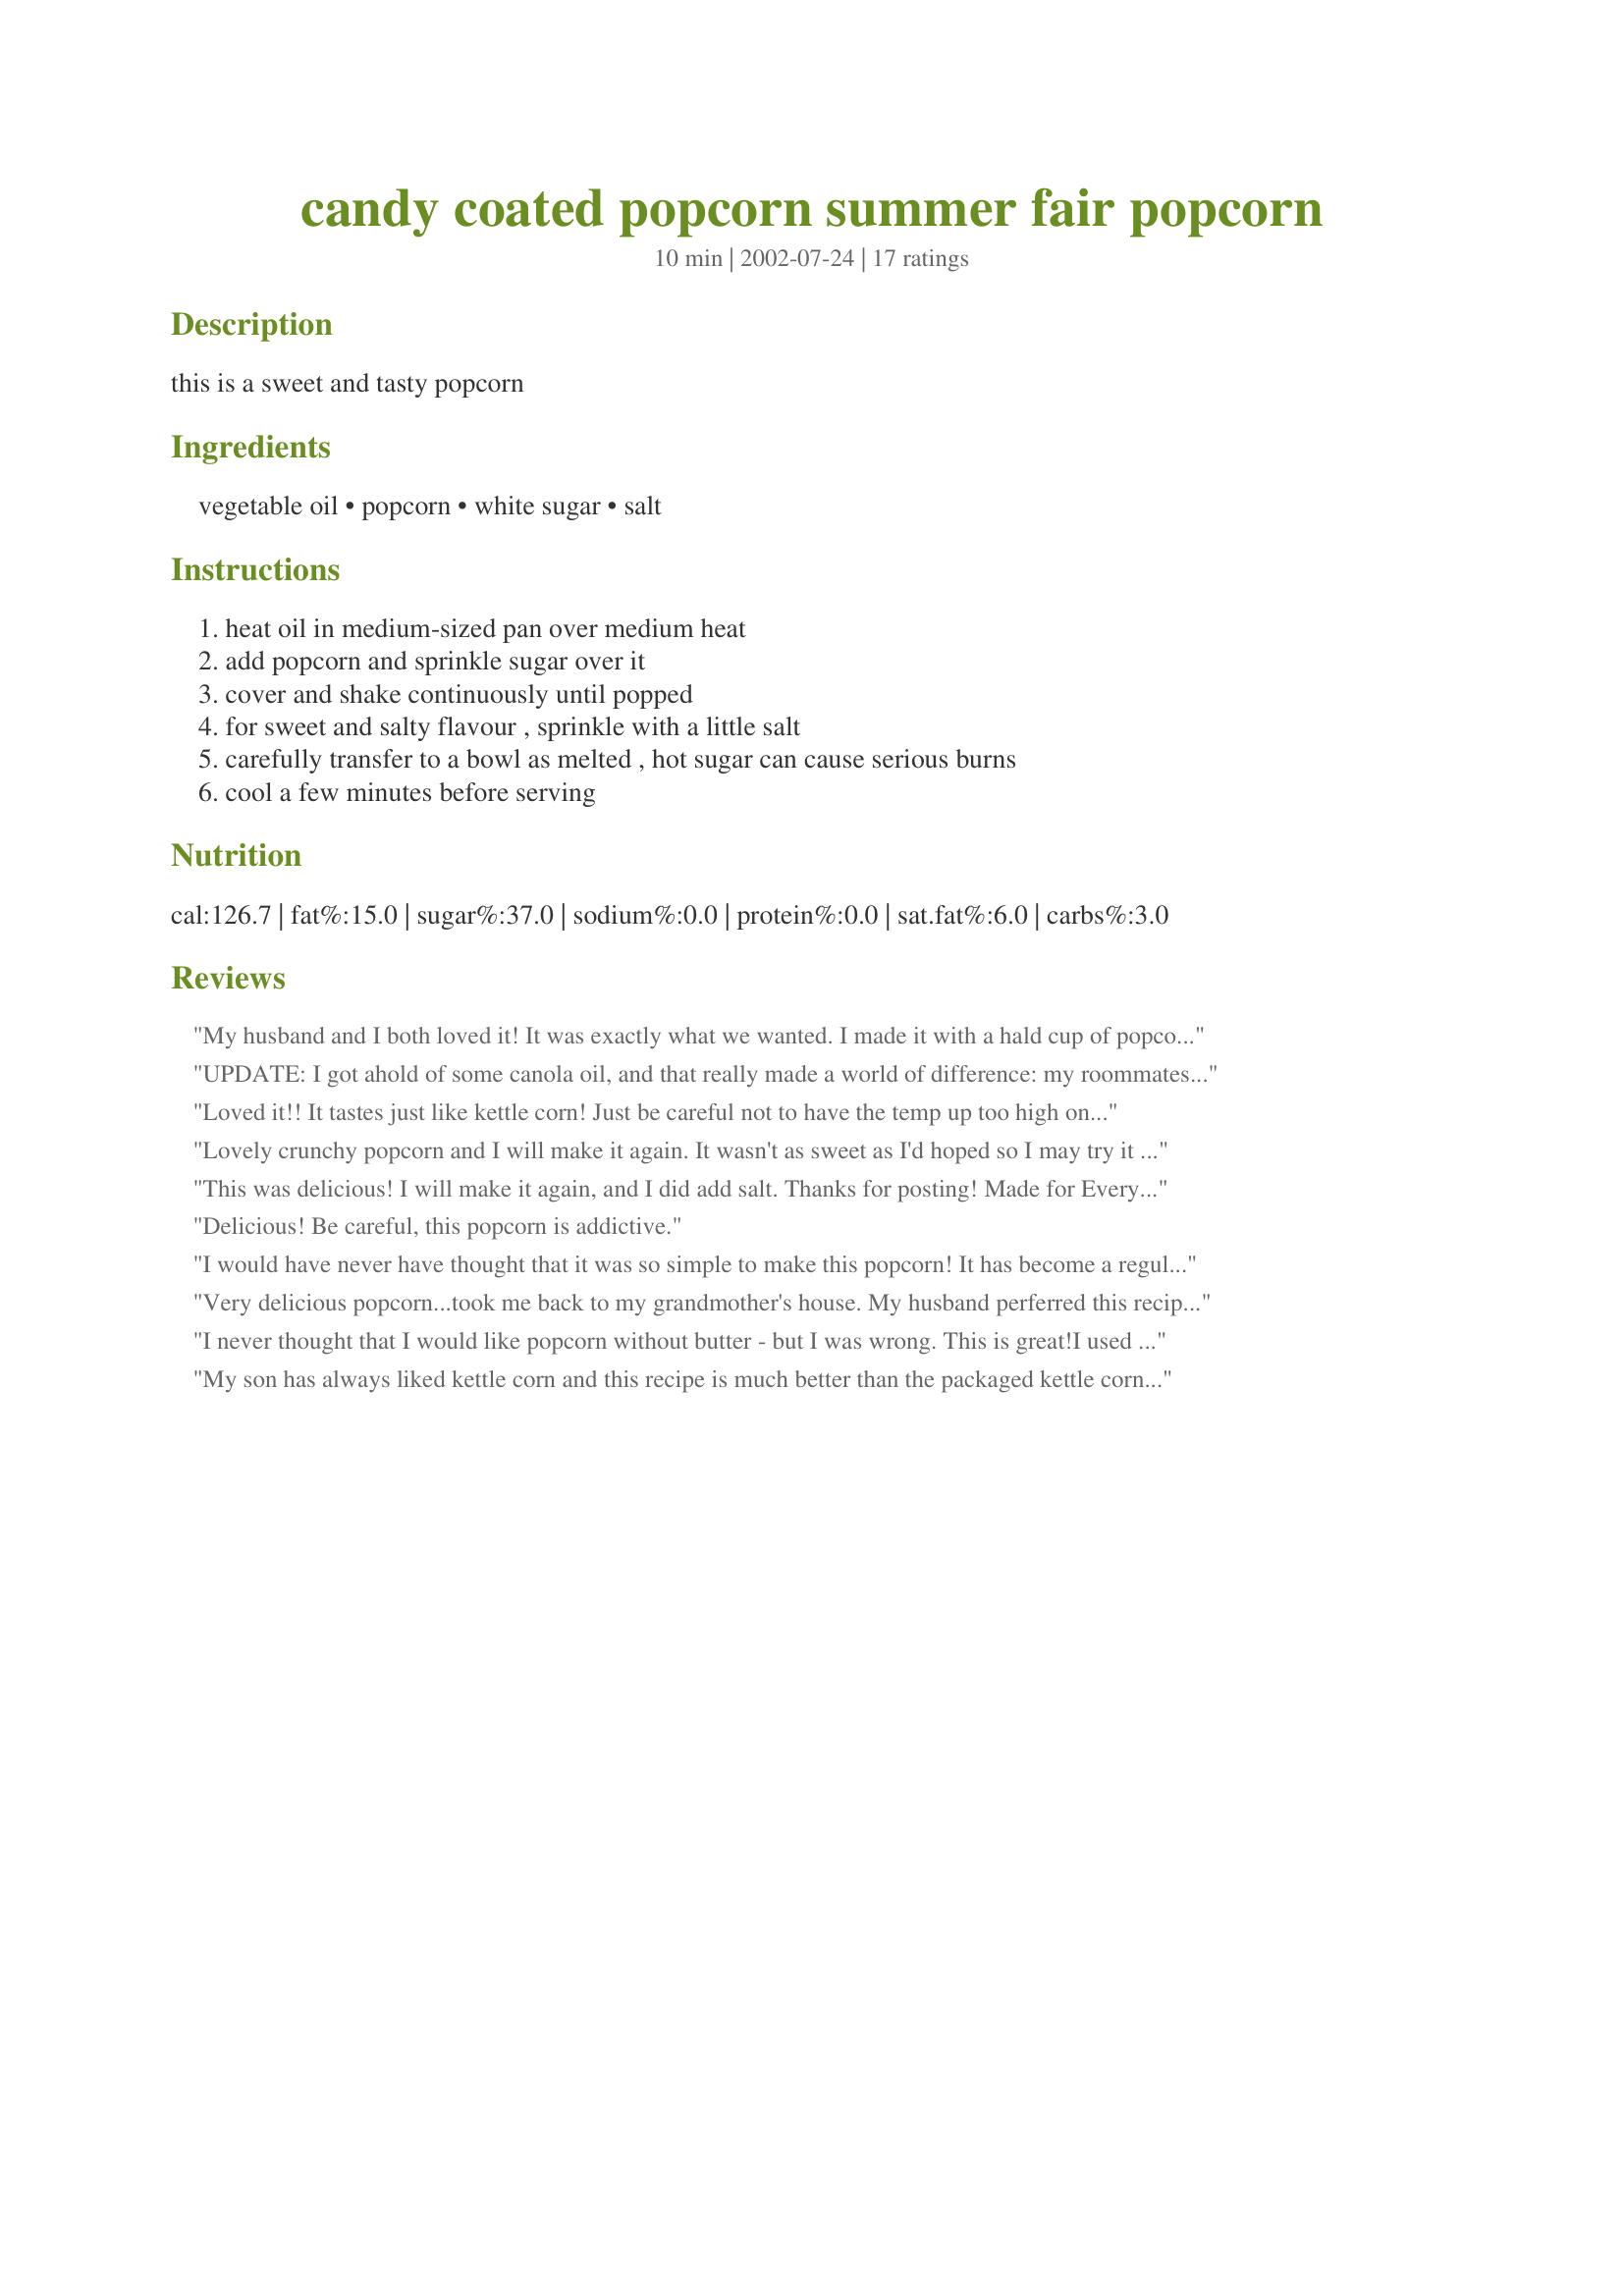
candy coated popcorn summer fair popcorn
Preparation time: 10 minutes

this is a sweet and tasty popcorn

Ingredients:
vegetable oil, popcorn, white sugar, salt

Steps:
heat oil in medium-sized pan over medium heat, add popcorn and sprinkle sugar over it, cover and shake continuously until popped, for sweet and salty flavour , sprinkle with a little salt, carefully transfer to a bowl as melted , hot sugar can cause serious burns, cool a few minutes before serving

Reviews:
My husband and I both loved it! It was exactly what we wanted. I made it with a hald cup of popcorn instead of a third and it still turned out awesome.
UPDATE: I got ahold of some canola oil, and that really made a world of difference: my roommates loved it. One guy even said, "I hate kettle corn, but this is great!". Thanks for the simple recipe!

PREVIOUS REVIEW:I didn't have any vegetable oil (we're about to move out of our apartment for the semester, so supplies are running low), so I tried to use butter instead. The popcorn DID pop, but the butter got too hot and burned (I think), which made this snack not taste very good. I hope to try this again sometime with oil to see how it's really supposed to go. More later when I do!

Moral of the story: Substituting "butter" for "oil" in this recipe is less than delicious.
Loved it!! It tastes just like kettle corn! Just be careful not to have the temp up too high on the stove - I burned a whole batch when I had it too hot. I've also found that it works better for me in my non-stick pan instead of a stainless steel pan.
Lovely crunchy popcorn and I will make it again. It wasn't as sweet as I'd hoped so I may try it with a bit more sugar next time.
This was delicious! I will make it again, and I did add salt. Thanks for posting! Made for Everyday is a Holiday 2012
Delicious! Be careful, this popcorn is addictive.
I would have never have thought that it was so simple to make this popcorn! It has become a regular at our weekend night movies in our living room... lol
Very delicious popcorn...took me back to my grandmother's house. My husband perferred this recipe as is...I preferred it straight...no oven baking. Very gooey and delicious.
I never thought that I would like popcorn without butter - but I was wrong. This is great!I used a minimal amount of salt and still this had a wonderful blend of sweet & salty. Will be using this recipe often. Thanks for sharing
My son has always liked kettle corn and this recipe is much better than the packaged
kettle corn. Thank you for sharing.
Good popcorn, I think a may have put to much salt in. Next time I make it it will be with no salt.
Better imo than buying the pre-made bagged kind you have to microwave. For over a year now I haven't bought a microwave popcorn, but have been popping my own on the stove in a bit of oil. It's easier to control how much of what goes on the popcorn. I love kettle corn, and this is definitely a great way to make it. I had intended on halving the recipe, but ended up making the full amount for myself. I think I accidentally used too little sugar though (I didn't measure, but I'm pretty sure I used closer to 2tbsp, next time I'll use 3 as indicated), as some kernels didn't have any sugary flavor. I also added about a 1/2 tsp of salt. I added the sugar in about 30 secs after I added the kernels and had no prob with the sugar burning. I added the salt after cooking. A definite keeper, going into my Tried and Loved cookbook. :)
I made this recipe tonight and it is definately a new family favorite! We practically inhaled the entire batch!
Excellent popcorn and so simple! The popcorn comes out deliciously sweey an very crunchy. With a pinch of salt and eaten hot out of the bowl, its a new favorite popcorn treat! Thanks for sharing! ^^
I was terrified of this, because I had never made popcorn before. It turned out perfect! I love kettle corn, and this is it. And yes, I added salt. It just wouldn't be right without it.
exactly like kettle corn.i did have a little problem with the sugar - it got to hot and started to burn. next time i won't put the sugar on until the popcorn stars to sizzle.
SO very easy to make!! 
I was hesitate about how it might turn out - thinking the sugar would burn in the pot. I did add the sugar once the popcorn started to pop -- and that worked out perfectly and adding salt just afterwards makes it taste better.
